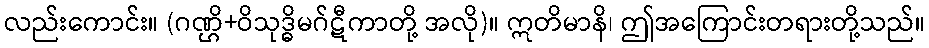
လည်းကောင်း။ (ဂဏ္ဌိ+ဝိသုဒ္ဓိမဂ်ဋီကာတို့ အလို)။ ဣတိမာနိ၊ ဤအကြောင်းတရားတို့သည်။